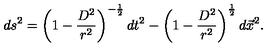
d s ^ { 2 } = \left( 1 - \frac { D ^ { 2 } } { r ^ { 2 } } \right) ^ { - \frac { 1 } { 2 } } d t ^ { 2 } - \left( 1 - \frac { D ^ { 2 } } { r ^ { 2 } } \right) ^ { \frac { 1 } { 2 } } d \vec { x } ^ { 2 } .